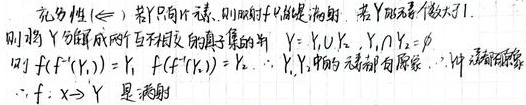
充分性 ($\Leftarrow$)：若 $Y$ 只有一个元素，则映射 $f$ 只是满射。若 $Y$ 元素个数大于 $1$，则将 $Y$ 分解成两个互不相交的真子集的并 $Y = Y_1\cup Y_2$，$Y_1\cap Y_2=\varnothing$，则 $f(f^{-1}(Y_1)) = Y_1$，$f(f^{-1}(Y_2)) = Y_2$，$\because Y_1,Y_2$ 中的元素都有原象，$\therefore f:x\rightarrow Y$ 是满射。